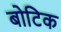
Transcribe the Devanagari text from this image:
बोटिक